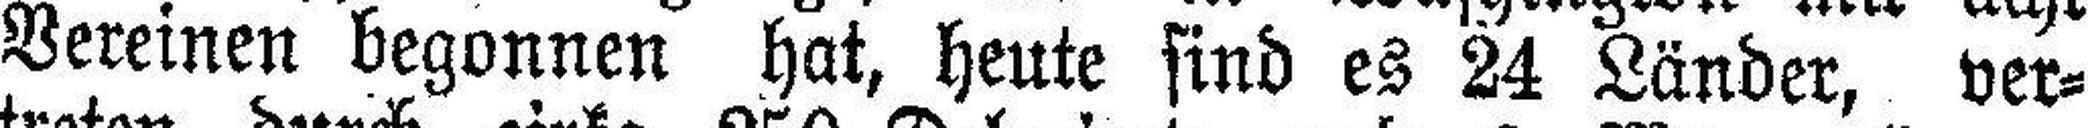
Vereinen begonnen hat, heute sind es 24 Länder, ver¬